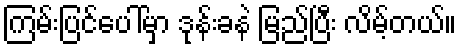
ကြမ်းပြင်ပေါ်မှာ ဒုန်းခနဲ မြည်ပြီး လိမ့်တယ်။